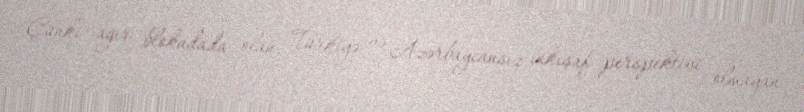
Çünki ağır blokadada olan, Türkiyə və Azərbaycansız inkişaf perspektivi olmayan